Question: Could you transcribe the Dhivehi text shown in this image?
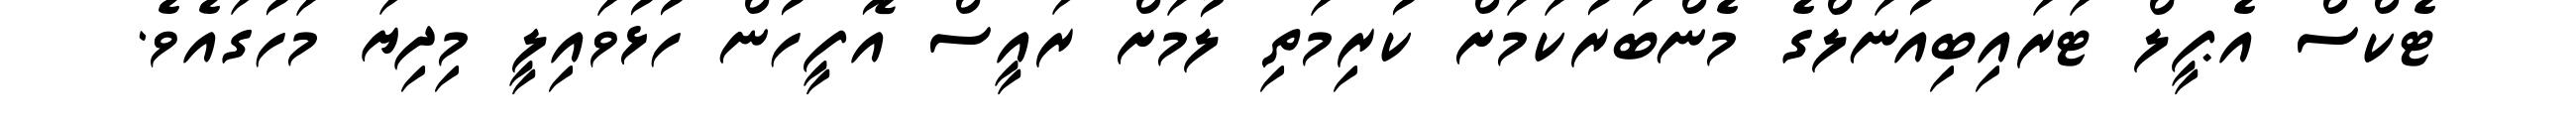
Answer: ޓެކްސް އެޕީލް ޓަރައިބިއުނަލްގެ މެންބަރުކަމަށް ކުރިމަތި ލުމަށް ރައީސް އޮފީހުން ހުޅުވައިލީ މިދިޔަ މަހުގައެވެ.